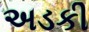
અડકી